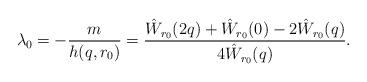
LaTeX: \begin{align*}\lambda_0 = -\frac{m}{h(q,r_0)} = \frac{\hat W_{r_0}(2q) + \hat W_{r_0}(0) - 2\hat W_{r_0}(q)}{4\hat W_{r_0}(q)}.\end{align*}